Scotch Education Department, 1916
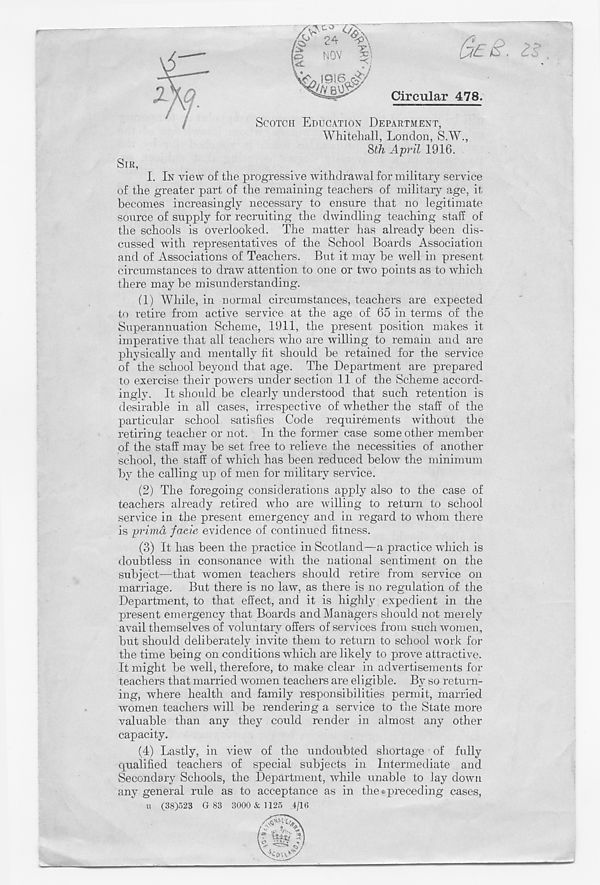
Circular 478.
SCOTCH EDUCATION DEPARTMENT.
Whitehall, London, S.W.,
8th April 1916.
SIR,
I. IN view of the progressive withdrawal for military service
of the greater part of the remaining teachers of military age, it
becomes increasingly necessary to ensure that no legitimate
source of supply for recruiting the dwindling teaching staff of
the schools is overlooked. The matter has already been dis-
cussed with representatives of the School Boards Association
and of Associations of Teachers. But it may be well in present
circumstances to draw attention to one or two points as to which
there may be misunderstanding.
(1) While, in normal circumstances, teachers are expected
to retire from active service at the age of 65 in terms of the
Superannuation Scheme, 1911, the present position makes it
imperative that all teachers who are willing to remain and are
physically and mentally fit should be retained for the service
of the school beyond that age. The Department are prepared
to exercise their powers under section 11 of the Scheme accord-
ingly. It should be clearly understood that such retention is
desirable in all cases, irrespective of whether the staff of the
particular school satisfies Code requirements without the
retiring teacher or not. In the former case some other member
of the staff may be set free to relieve the necessities of another
school, the staff of which has been reduced below the minimum
by the calling up of men for military service.
(2) The foregoing considerations apply also to the case of
teachers already retired who are willing to return to school
service in the present emergency and in regard to whom there
is primd facie evidence of continued fitness.
(3) It has been the practice in Scotland—a practice which is
doubtless in consonance with the national sentiment on the
subject—that women teachers should retire from service on
marriage. But there is no law, as there is no regulation of the
Department, to that effect, and it is highly expedient in the
present emergency that Boards and Managers should not merely
avail themselves of voluntary offers of services from such women,
but should deliberately invite them to return to school work for
the time being on conditions which are likely to prove attractive.
It might be well, therefore, to make clear in advertisements for
teachers that married women teachers are eligible. By so return-
ing, where health and family responsibilities permit, married
women teachers will be rendering a service to the State more
valuable than any they could render in almost any other
capacity.
(4) Lastly, in view of the undoubted shortage of fully
qualified teachers of special subjects in Intermediate and
Secondary Schools, the Department, while unable to lay down
any general rule as to acceptance as in the*preceding cases,
XI
(38)523 G 83 3000 & 1125 4/16